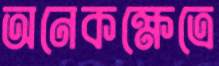
অনেকক্ষেত্রে